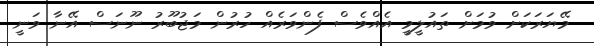
މޭޔަރަކަށް ވުމަށް ތައުލީމީ އެއްވެސް ފެންވަރެއް ހުރުން މަޖުބޫރު ނޫނަސް އޭނާ ވަނީ